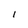
Character: I